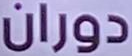
دوران